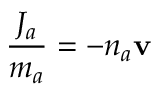
\frac { J _ { a } } { m _ { a } } = - n _ { a } \mathbf { v }